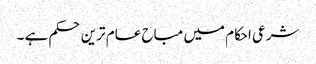
شرعی احکام میں مباح عام ترین حکم ہے ۔